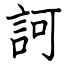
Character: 訶